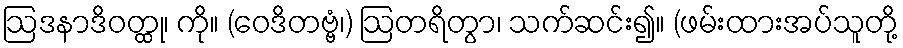
ဩဒနာဒိဝတ္ထု၊ ကို။ (ဝေဒိတဗ္ဗံ၊) ဩတရိတွာ၊ သက်ဆင်း၍။ (ဖမ်းထားအပ်သူတို့